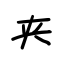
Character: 夹